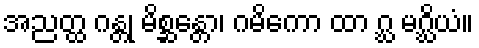
အညတ္ထ ဂန္တု မိစ္ဆန္တော၊ ဂမိကော ထာ ဂ္ဃ မဂ္ဃိယံ။